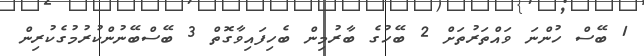
1 ބޭސް ހުންނަ ވައްތަރުތަށް 2 ބޭހުގެ ބާރުމިން ބެހިފައިވާގޮތް 3 ބޭސްބޭނުންކުރުމުގެކުރިން